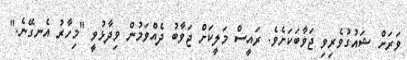
ވަރަށް ޝައުގުވެރިވި ޖަވާބަކަށެވެ. ރައީސް މަލީކަށް ޖަވާބު ދެއްވަމުން ވިދާޅުވީ "މިހާރު އެނގޭނެ."